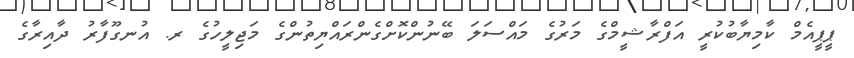
ޕީޕީއެމް ކާމިޔާބުކުރީ އަފްރާޝީމްގެ މަރުގެ މައްސަލަ ބޭނުންކޮށްގެންރައްޔިތުންގެ މަޖިލީހުގެ ރ. އުނގޫފާރު ދާއިރާގެ